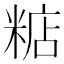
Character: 𥺦